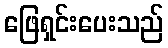
ဖြေရှင်းပေးသည်